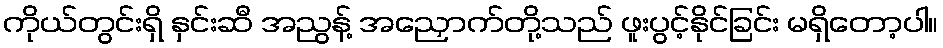
ကိုယ်တွင်းရှိ နှင်းဆီ အညွန့် အညှောက်တို့သည် ဖူးပွင့်နိုင်ခြင်း မရှိတော့ပါ။